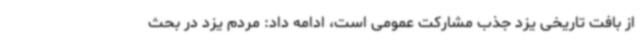
از بافت تاریخی یزد جذب مشارکت عمومی است، ادامه داد: مردم یزد در بحث